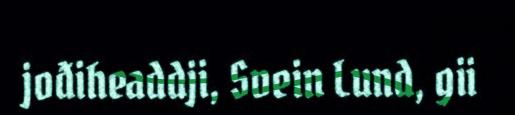
jođiheaddji, Svein Lund, gii